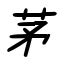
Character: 茅